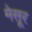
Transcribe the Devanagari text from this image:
मेसूर